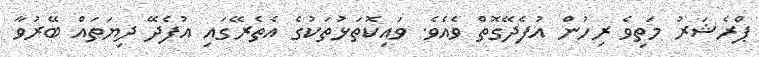
ޕްރެޝަރު މަތިވެ ރިހުން އުފެދޭގޮތް ވެއެވެ. ވައިކޮތަޅުތަކުގެ އެތެރޭގައި އުފެދޭ ދިޔަތައް ބޭރުވާ